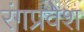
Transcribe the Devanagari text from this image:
रंगप्रवेश